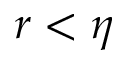
r < \eta